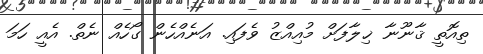
ތިއޮތީ ޤާނޫނާ ޚިލާފަށް މުއިއްޒު ވެފައި. އަނެއްހެން ގޯހެއް ނެތް. އެއީ ހަމަ